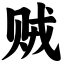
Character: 贼